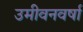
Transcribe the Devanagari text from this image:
उमीवनवर्षा